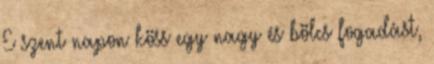
E szent napon köss egy nagy és bölcs fogadást,